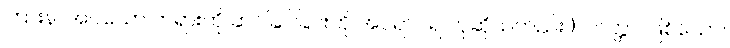
ကြားနာအပ်သော တရားကို ဆင်ခြင်ခြင်းကို အပရာပရ ဟုဆိုသတည်း။) ပဝတ္တာ၊ ဖြစ်သော။